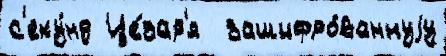
с'еку́нд Це́зар'я  зашифро́ваннуjу